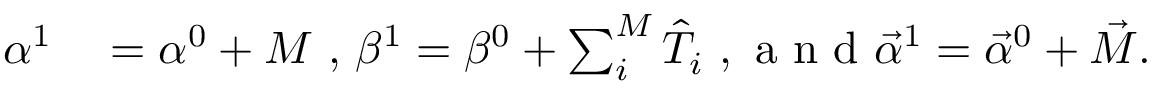
\begin{array} { r l } { \alpha ^ { 1 } } & { { } = \alpha ^ { 0 } + M \mathrm { ~ , ~ } \beta ^ { 1 } = \beta ^ { 0 } + \sum _ { i } ^ { M } \hat { T } _ { i } \mathrm { ~ , ~ a ~ n ~ d ~ } \vec { \alpha } ^ { 1 } = \vec { \alpha } ^ { 0 } + \vec { M } . } \end{array}